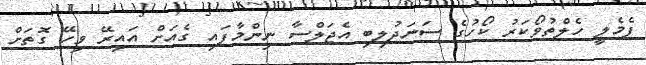
ފެމެލީ ހެލްތުވޯކަރު ކޯހުގެ ސަނަދުލިބި އެޖަލްސާ ނިންމާފައި ގެއަށް އައިރޭ ވިހޭ ގޮތަށް